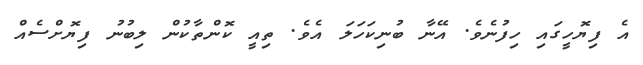
އެ ފިޔޮހީގައި ހިފުނެވެ. އޭނާ ބުނިކަހަލަ އެވެ. ތިއީ ކޮންތާކުން ލިބުނު ފިޔޮށްސެއް